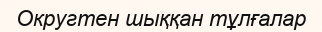
Округтен шыққан тұлғалар